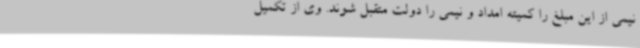
نیمی از این مبلغ را کمیته امداد و نیمی را دولت متقبل شوند. وی از تکمیل